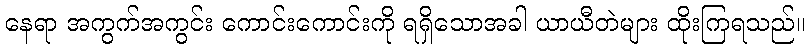
နေရာ အကွက်အကွင်း ကောင်းကောင်းကို ရရှိသောအခါ ယာယီတဲများ ထိုးကြရသည်။